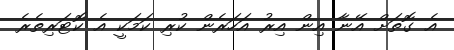
އެ ގޮތަށް އޭނާ އިން އިރު އަހަރެން ކުރި ކަމަކީ އެ ކޮޓަރިތެރެ